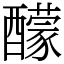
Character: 䤓